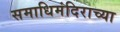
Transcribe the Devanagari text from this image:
समाधिमंदिराच्या